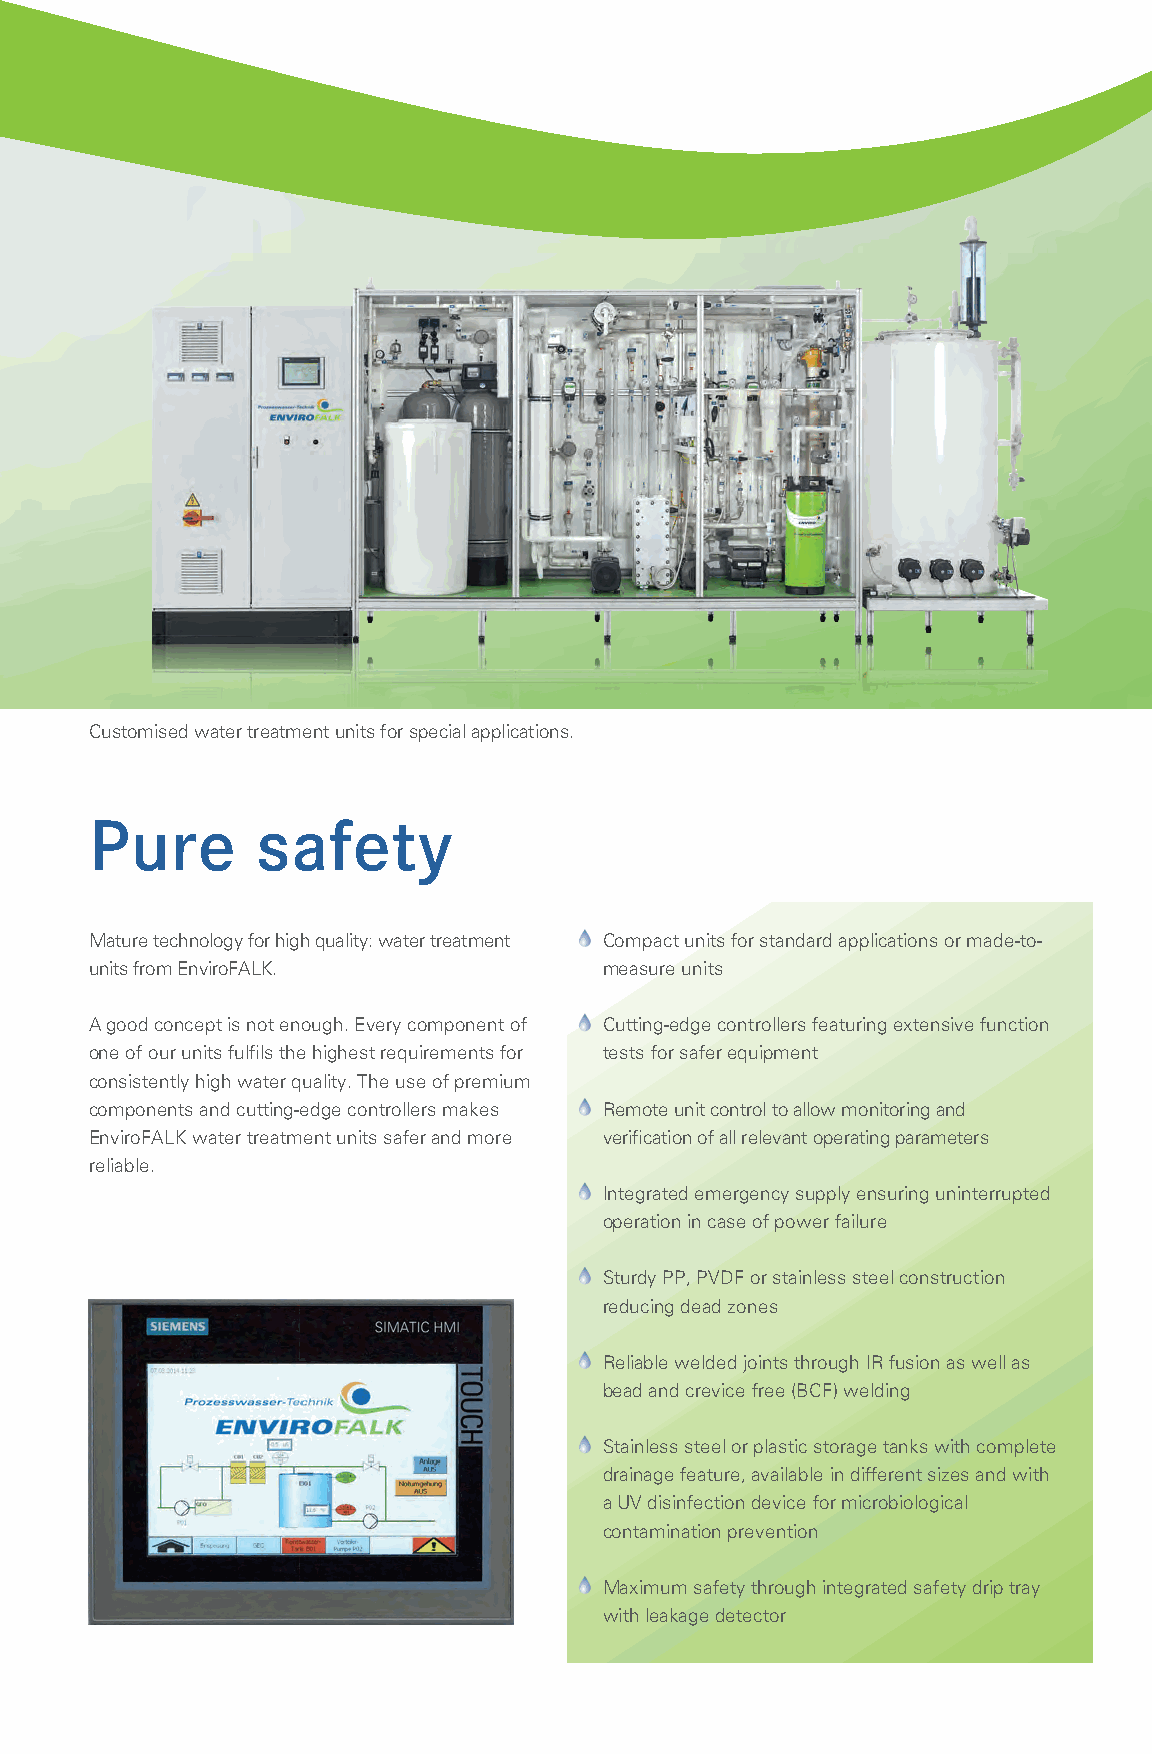
Customised water treatment units for special applications.
 Pure       safety
 Mature technology for high quality: water treatment Compact units for standard applications or made-to-
 units from EnviroFALK.            measure units
 A good concept is not enough. Every component of Cutting-edge controllers featuring extensive function
 one of our units fulfils the highest requirements for tests for safer equipment
 consistently high water quality. The use of premium
 components and cutting-edge controllers makes Remote unit control to allow monitoring and
 EnviroFALK water treatment units safer and more verification of all relevant operating parameters
 reliable.
 Integrated emergency supply ensuring uninterrupted
 operation in case of power failure
 Sturdy PP, PVDF or stainless steel construction
 reducing dead zones
 Reliable welded joints through IR fusion as well as
 bead and crevice free (BCF) welding
 Stainless steel or plastic storage tanks with complete
 drainage feature, available in different sizes and with
 a UV disinfection device for microbiological
 contamination prevention
 Maximum safety through integrated safety drip tray
 with leakage detector